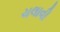
ચલાવી